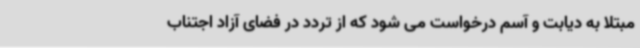
مبتلا به دیابت و آسم درخواست می شود که از تردد در فضای آزاد اجتناب